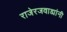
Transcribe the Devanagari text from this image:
राजेरजवाड्यांनी